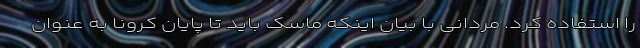
را استفاده کرد. مردانی با بیان اینکه ماسک باید تا پایان کرونا به عنوان